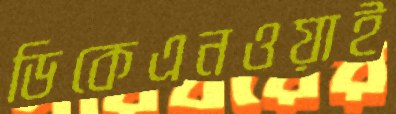
ডিকেএনওয়াই